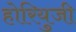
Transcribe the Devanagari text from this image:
होरियुजी